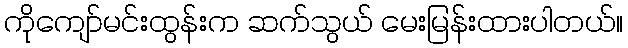
ကိုကျော်မင်းထွန်းက ဆက်သွယ် မေးမြန်းထားပါတယ်။